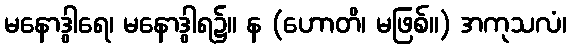
မနောဒွါရေ၊ မနောဒွါရ၌။ န (ဟောတိ၊ မဖြစ်။) အကုသလံ၊